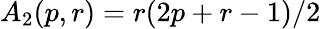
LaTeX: A_{2}(p,r)=r(2p+r-1)/2